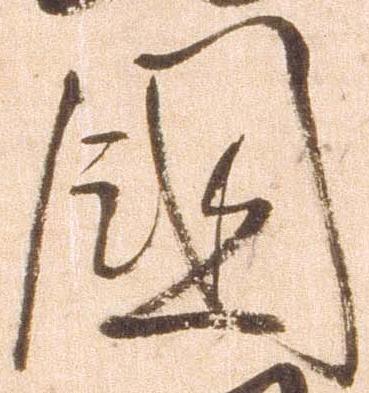
国